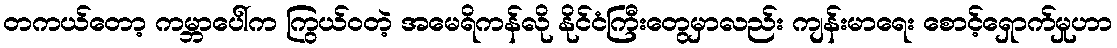
တကယ်တော့ ကမ္ဘာပေါ်က ကြွယ်ဝတဲ့ အမေရိကန်လို နိုင်ငံကြီးတွေမှာလည်း ကျန်းမာရေး စောင့်ရှောက်မှုဟာ